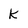
Character: k